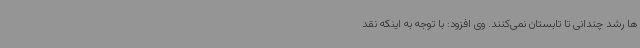
ها رشد چندانی تا تابستان نمی‌کنند. وی افزود: با توجه به اینکه نقد